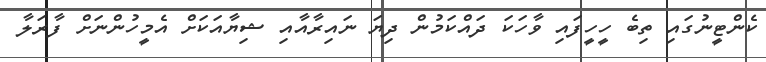
ކެންޓީނުގައި ތިބެ ހީހީފައި ވާހަކަ ދައްކަމުން ދިޔަ ނައިރާއާއި ޝިޔާއަކަށް އެމީހުންނަށް ފާރަލާ